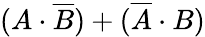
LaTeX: (A\cdot{\overline{{B}}})+({\overline{{A}}}\cdot B)